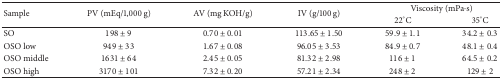
<table><thead><tr><td rowspan="2"><b>Sample</b></td><td rowspan="2"><b>PV (mEq/1,000 g)</b></td><td rowspan="2"><b>AV (mg KOH/g)</b></td><td rowspan="2"><b>IV (g/100 g)</b></td><td colspan="2"><b>Viscosity (mPa·s)</b></td></tr><tr><td><b>22°C</b></td><td><b>35°C</b></td></tr></thead><tbody><tr><td>SO</td><td>198 ± 9</td><td>0.70 ± 0.01</td><td>113.65 ± 1.50</td><td>59.9 ± 1.1</td><td>34.2 ± 0.3</td></tr><tr><td>OSO low</td><td>949 ± 33</td><td>1.67 ± 0.08</td><td>96.05 ± 3.53</td><td>84.9 ± 0.7</td><td>48.1 ± 0.4</td></tr><tr><td>OSO middle</td><td>1631 ± 64</td><td>2.45 ± 0.05</td><td>81.32 ± 2.98</td><td>116 ± 1</td><td>64.5 ± 0.2</td></tr><tr><td>OSO high</td><td>3170 ± 101</td><td>7.32 ± 0.20</td><td>57.21 ± 2.34</td><td>248 ± 2</td><td>129 ± 2</td></tr></tbody></table>